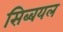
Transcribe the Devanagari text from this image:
सिब्बयल